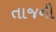
તાજની